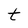
Character: t